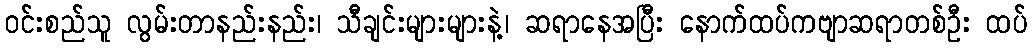
ဝင်းစည်သူ လွမ်းတာနည်းနည်း၊ သီချင်းများများနဲ့၊ ဆရာနေအပြီး နောက်ထပ်ကဗျာဆရာတစ်ဦး ထပ်